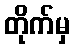
တိုက်မှ